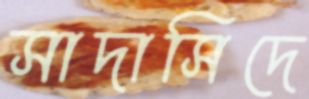
সাদাসিদে